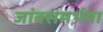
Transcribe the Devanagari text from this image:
जांबसमर्थया